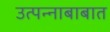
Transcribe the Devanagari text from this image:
उत्पन्नाबाबात